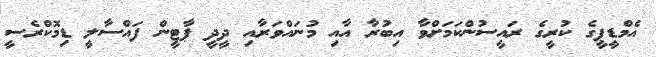
އެމްޑީޕީގެ ކުރީގެ ރައީސުންކަމަށްވާ އިބުރާ އާއި މުނައްވަރާއި ދީދީ ޕާޓީން ފައްސާލީ ޑިމޮކްރެސީ